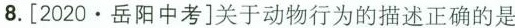
8.[2020·岳阳中考]关于动物行为的描述正确的是